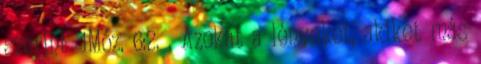
szerint’ 1Móz. 6:2. . Azokat a lényeket, akiket más